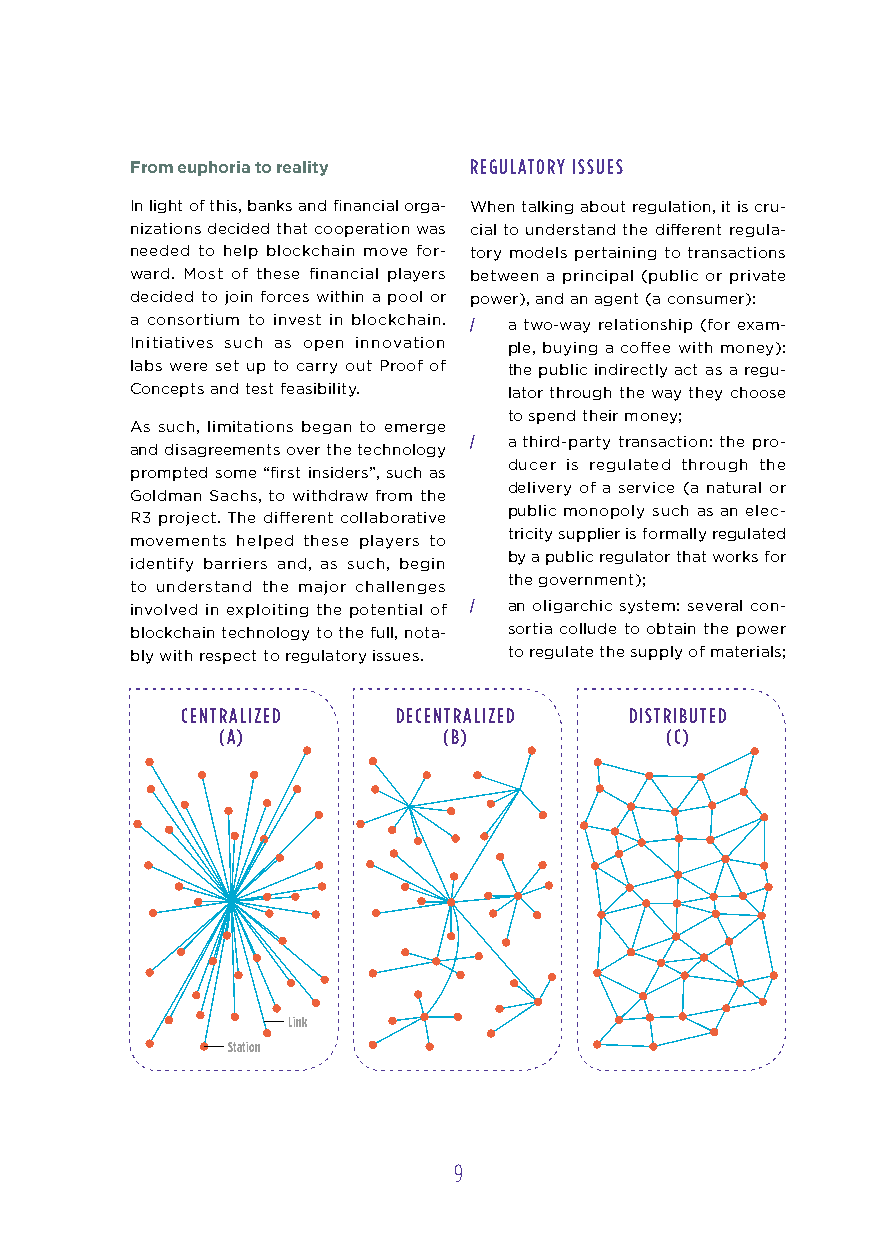
From euphoria to reality REGULAToRy ISSUES
 In light of this, banks and financial orga- When talking about regulation, it is cru-
 nizations decided that cooperation was cial to understand the different regula-
 needed to help blockchain move for- tory models pertaining to transactions
 ward. Most of these financial players between a principal (public or private
 decided to join forces within a pool or power), and an agent (a consumer):
 a consortium to invest in blockchain. / a two-way relationship (for exam-
 Initiatives such as open innovation ple, buying a coffee with money):
 labs were set up to carry out Proof of the public indirectly act as a regu-
 Concepts and test feasibility. lator through the way they choose
 to spend their money;
 As such, limitations began to emerge
 /  a third-party transaction: the pro-
 and disagreements over the technology
 ducer is regulated through the
 prompted some “first insiders”, such as
 delivery of a service (a natural or
 Goldman Sachs, to withdraw from the
 public monopoly such as an elec-
 R3 project. The different collaborative
 tricity supplier is formally regulated
 movements helped these players to
 by a public regulator that works for
 identify barriers and, as such, begin
 the government);
 to understand the major challenges
 involved in exploiting the potential of / an oligarchic system: several con-
 blockchain technology to the full, nota- sortia collude to obtain the power
 bly with respect to regulatory issues. to regulate the supply of materials;
 CENTRALIZED   DECENTRALIZED   DISTRIBUTED
 (A)            (B)            (C)
 Link
 Station
 9